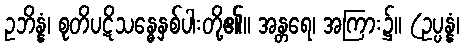
ဥဘိန္နံ၊ စုတိပဋိသန္ဓေနှစ်ပါးတို့၏။ အန္တရေ၊ အကြား၌။ (ဥပ္ပန္နံ၊